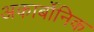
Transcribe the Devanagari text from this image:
अकार्बोनिक